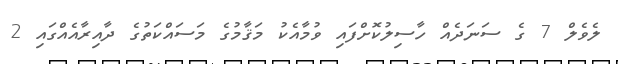
ލެވެލް 7 ގެ ސަނަދެއް ހާސިލުކޮށްފައި ވުމާއެކު މަޤާމުގެ މަސައްކަތުގެ ދާއިރާއެއްގައި 2